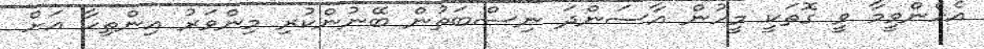
އެހެންވީމާ ވީ ގޮތަކީ މީހުން އާސަންދަ ނިސްބަތުން ބޭނުންކުރި މިންވަރު އިންތިހާ އަށް